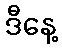
ဒီနေ့